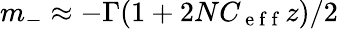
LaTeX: m_{-}\approx-\Gamma(1+2NC_{\mathrm{~e~f~f~}}z)/2